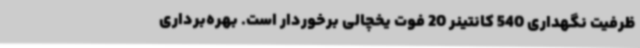
ظرفیت نگهداری 540 کانتینر 20 فوت یخچالی برخوردار است. بهره‌برداری